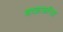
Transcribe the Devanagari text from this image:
शाळाकरिता